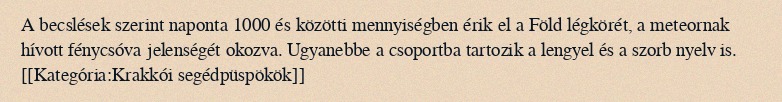
A becslések szerint naponta 1000 és közötti mennyiségben érik el a Föld légkörét, a meteornak hívott fénycsóva jelenségét okozva. Ugyanebbe a csoportba tartozik a lengyel és a szorb nyelv is. [[Kategória:Krakkói segédpüspökök]]